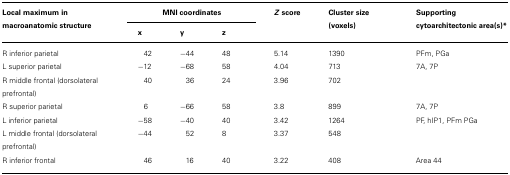
| Local maximum in macroanatomic structure | <COLSPAN=3> MNI coordinates | Z score | Cluster size (voxels) | Supporting cytoarchitectonic area(s)* |
 |  | x | y | z |  |  |  |
 | --- | --- | --- | --- | --- | --- | --- |
 | R inferior parietal | 42 | -44 | 48 | 5.14 | 1390 | PFm, PGa |
 | L superior parietal | -12 | -68 | 58 | 4.04 | 713 | 7A, 7P |
 | R middle frontal (dorsolateral prefrontal) | 40 | 36 | 24 | 3.96 | 702 |  |
 | R superior parietal | 6 | -66 | 58 | 3.8 | 899 | 7A, 7P |
 | L inferior parietal | -58 | -40 | 40 | 3.42 | 1264 | PF, hIP1, PFm PGa |
 | L middle frontal (dorsolateral prefrontal) | -44 | 52 | 8 | 3.37 | 548 |  |
 | R inferior frontal | 46 | 16 | 40 | 3.22 | 408 | Area 44 |